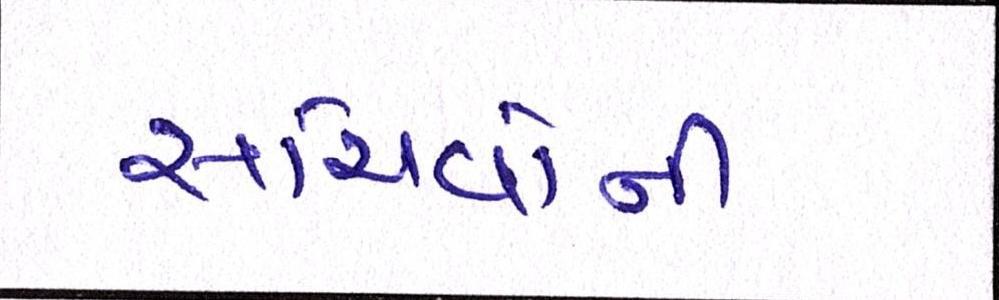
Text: સચિવોની